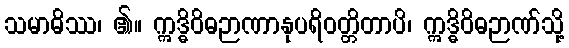
သမာဓိဿ၊ ၏။ ဣဒ္ဓိဝိဓဉာဏာနုပရိဝတ္တိတာပိ၊ ဣဒ္ဓိဝိဓဉာဏ်သို့